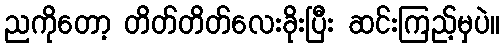
ညကိုတော့ တိတ်တိတ်လေးခိုးပြီး ဆင်းကြည့်မှပဲ။